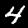
Label: 4